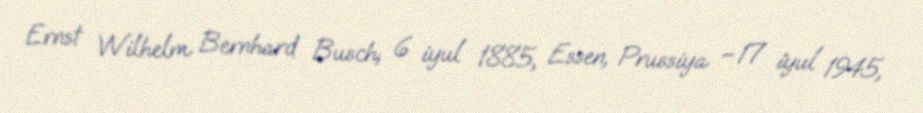
Ernst Wilhelm Bernhard Busch; 6 iyul 1885, Essen, Prussiya – 17 iyul 1945,